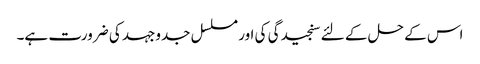
اس کے حل کے لئے سنجیدگی کی اور مسلسل جدوجہد کی ضرورت ہے۔